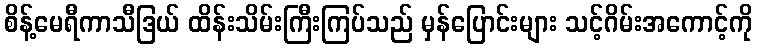
စိန့်မေရီကာသီဒြယ် ထိန်းသိမ်းကြီးကြပ်သည် မှန်ပြောင်းများ သင့်ဂိမ်းအကောင့်ကို